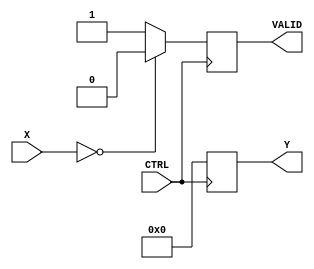
module BitwiseReciprocal (
    input wire [31:0] X,      // Input data (32-bit fixed-point or integer value)
    input wire CTRL,          // Control signal (enable/disable)
    output reg [31:0] Y,      // Output data (computed reciprocal)
    output reg VALID          // Valid signal indicating output is ready
);

    reg [31:0] approx;        // Approximation of the reciprocal
    reg [31:0] x_normal;      // Normalized input value
    reg [5:0] iteration;      // Iteration counter
    reg [31:0] temp;          // Temporary variable for calculations

    always @(posedge CTRL) begin
        // Reset output and valid signal
        Y <= 32'd0;
        VALID <= 1'b0;

        // Check for zero input
        if (X == 32'd0) begin
            VALID <= 1'b0; // Invalid output for zero input
            Y <= 32'd0;    // Output zero
        end else begin
            // Normalize input (to ensure we are working with a positive value)
            x_normal = X;
            
            // Initial approximation (1 / x)
            approx = 32'd1 << 31; // Starting with the maximum value for a 32-bit fixed-point
            
            // Iterative refinement (Newton-Raphson method)
            for (iteration = 0; iteration < 6; iteration = iteration + 1) begin
                temp = approx * (2**32 - x_normal * approx); // temp = approx * (2^32 - X * approx)
                approx = temp >> 32; // Shift right to get the new approximation
            end
            
            // Set the output and valid signal
            Y <= approx;
            VALID <= 1'b1; // Output is now valid
        end
    end

endmodule